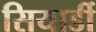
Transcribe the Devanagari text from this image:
सियार्डी